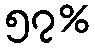
၅၇%